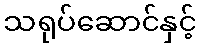
သရုပ်ဆောင်နှင့်